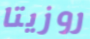
روزيتا